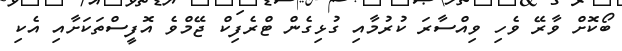
ބޯކޮށް ވާރޭ ވެހި ވިއްސާރަ ކުރުމާއި ގުޅިގެން ޓްރެފިކް ޖޭމްވެ އޮފީސްތަކަށާއި އެކި